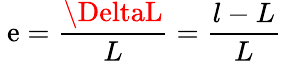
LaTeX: \ \mathrm{e}={\frac{{\DeltaL}}{{L}}}={\frac{{l-L}}{{L}}}